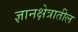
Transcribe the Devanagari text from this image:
ज्ञानक्षेत्रातील